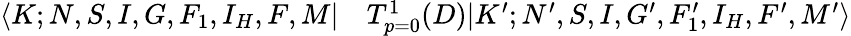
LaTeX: \begin{array}{rl}{\langle K;N,S,I,G,F_{1},I_{H},F,M|}&{{}T_{p=0}^{1}(D)|K^{\prime};N^{\prime},S,I,G^{\prime},F_{1}^{\prime},I_{H},F^{\prime},M^{\prime}\rangle}\end{array}